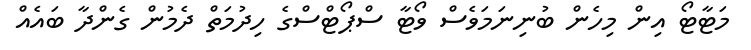
މަޓާޓޯ އިން މިހެން ބުނިނަމަވެސް ވޯޓާ ސްޕޯޓްސްގެ ހިދުމަތް ދެމުން ގެންދާ ބައެއް